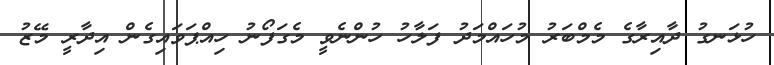
ހުޅަނގު ދާއިރާގެ މެމްބަރު މުހައްމަދު ފަލާހު ހުންނެވީ މެގަފޯނު ހިއްޕަވައިގެން އިދާރީ މޭޒު